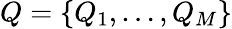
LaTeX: Q=\{ Q_{1},\dots,Q_{M}\}